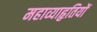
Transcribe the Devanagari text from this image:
महाव्याहृतियों